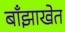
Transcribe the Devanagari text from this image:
बाँझाखेत